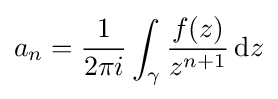
a_{n}={\frac {1}{2\pi i}}\int _{\gamma }^{}{\frac {f(z)}{z^{n+1}}}\,\mathrm {d} z